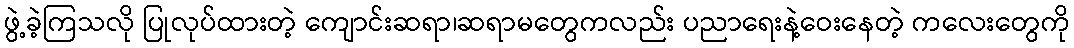
ဖွဲ့ခဲ့ကြသလို ပြုလုပ်ထားတဲ့ ကျောင်းဆရာ၊ဆရာမတွေကလည်း ပညာရေးနဲ့ဝေးနေတဲ့ ကလေးတွေကို